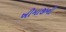
ખીમાજીની